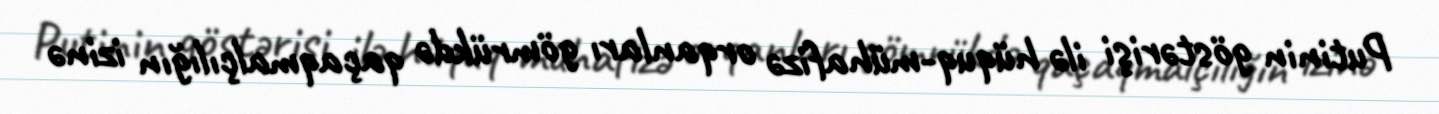
Putinin göstərişi ilə hüquq-mühafizə orqanları gömrükdə qaçaqmalçılığın izinə